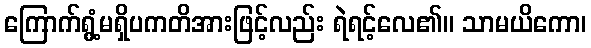
ကြောက်ရွံ့မရှိပကတိအားဖြင့်လည်း ရဲရင့်လေ၏။ သာမယိကော၊